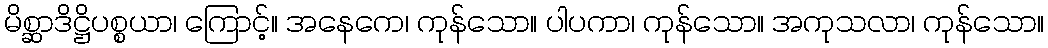
မိစ္ဆာဒိဋ္ဌိပစ္စယာ၊ ကြောင့်။ အနေကေ၊ ကုန်သော။ ပါပကာ၊ ကုန်သော။ အကုသလာ၊ ကုန်သော။